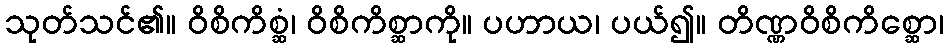
သုတ်သင်၏။ ဝိစိကိစ္ဆံ၊ ဝိစိကိစ္ဆာကို။ ပဟာယ၊ ပယ်၍။ တိဏ္ဏဝိစိကိစ္ဆော၊